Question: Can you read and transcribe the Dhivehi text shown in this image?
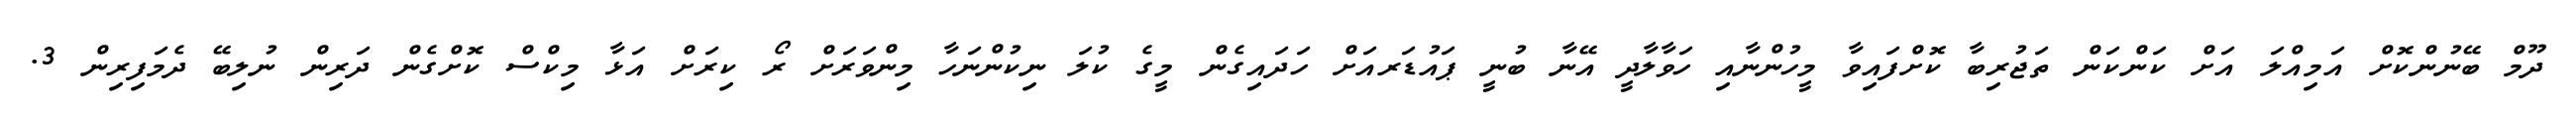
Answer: ދޫމް ބޭނުންކޮށް އަމިއްލަ އަށް ކަންކަން ތަޖުރިބާ ކޮށްފައިވާ މީހުންނާއި ހަވާލާދީ އޭނާ ބުނީ ޕައުޑަރއަށް ހަދައިގެން މީގެ ކުލަ ނިކުންނަހާ މިންވަރަށް ރޯ ކިރަށް އަޅާ މިކްސް ކޮށްގެން ދަރިން ނުލިބޭ ދެމަފިރިން 3.